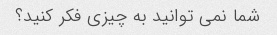
شما نمی توانید به چیزی فکر کنید؟